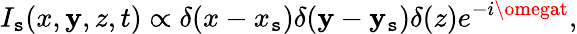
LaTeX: I_{\mathtt{s}}(x,\mathbf{y},z,t)\propto\delta(x-x_{\mathtt{s}})\delta(\mathbf{y}-\mathbf{y}_{\mathtt{s}})\delta(z)e^{-i\omegat},